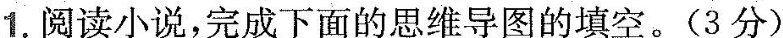
1. 阅读小说，完成下面的思维导图的填空。（3分）